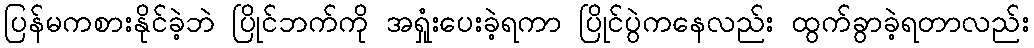
ပြန်မကစားနိုင်ခဲ့ဘဲ ပြိုင်ဘက်ကို အရှုံးပေးခဲ့ရကာ ပြိုင်ပွဲကနေလည်း ထွက်ခွာခဲ့ရတာလည်း